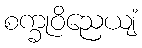
စက္ခုဝိညေယျံ